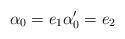
LaTeX: \begin{align*}\alpha _{0}=e_{1}\alpha _{0}^{\prime }=e_{2}\end{align*}